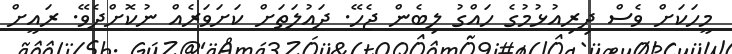
މީހަކަށް ވެސް ދިރިއުޅުމުގެ ހައްގު ލިބެން ޖެހޭ. ދައުލަތަށް ކަށަވަރެއް ނުކޮށްދެވޭ. ރައީށް